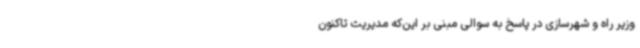
وزیر راه و شهرسازی در پاسخ به سوالی مبنی بر این‌که مدیریت تاکنون